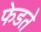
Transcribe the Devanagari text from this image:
फेडते